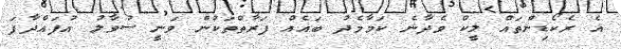
އެ ރެކޯޑިންތައް ލީކް ވެދާނެ ކަމާމެދު ބައެއް ފަރާތްތަކުން ވަނީ ސުވާލު އުފައްދާފަ